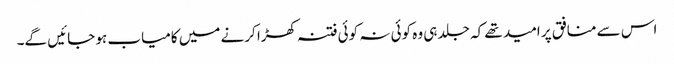
اس سے منافق پر امید تھے کہ جلد ہی وہ کوئی نہ کوئی فتنہ کھڑا کرنے میں کامیاب ہو جائیں گے۔